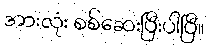
အားလုံး စစ်ဆေးပြီးပါပြီ။